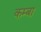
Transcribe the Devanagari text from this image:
कम्बा